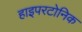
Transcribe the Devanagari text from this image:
हाइपरटोनिक